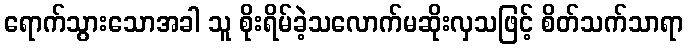
ရောက်သွားသောအခါ သူ စိုးရိမ်ခဲ့သလောက်မဆိုးလှသဖြင့် စိတ်သက်သာရာ